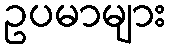
ဥပမာများ